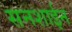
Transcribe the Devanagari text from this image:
सनशाईन